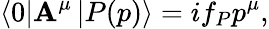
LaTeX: \left\langle0\right|\mathbf{A}^{\mu}\left|P(p)\right\rangle=if_{P}p^{\mu},